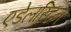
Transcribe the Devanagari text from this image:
एडेलस्टिन